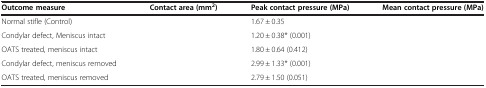
<table><thead><tr><td><b>Outcome measure</b></td><td><b>Contact area (mm<sup>2</sup>)</b></td><td><b>Peak contact pressure (MPa)</b></td><td><b>Mean contact pressure (MPa)</b></td></tr></thead><tbody><tr><td>Normal stifle (Control)</td><td>[EMPTY_CELL]</td><td>1.67 ± 0.35</td><td>[EMPTY_CELL]</td></tr><tr><td>Condylar defect, Meniscus intact</td><td>[EMPTY_CELL]</td><td>1.20 ± 0.38* (0.001)</td><td>[EMPTY_CELL]</td></tr><tr><td>OATS treated, meniscus intact</td><td>[EMPTY_CELL]</td><td>1.80 ± 0.64 (0.412)</td><td>[EMPTY_CELL]</td></tr><tr><td>Condylar defect, meniscus removed</td><td>[EMPTY_CELL]</td><td>2.99 ± 1.33* (0.001)</td><td>[EMPTY_CELL]</td></tr><tr><td>OATS treated, meniscus removed</td><td>[EMPTY_CELL]</td><td>2.79 ± 1.50 (0.051)</td><td>[EMPTY_CELL]</td></tr></tbody></table>